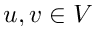
u , v \in V